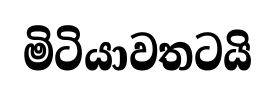
මිටියාවතටයි